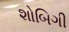
શોબિગી